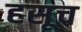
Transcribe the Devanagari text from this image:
हसूच